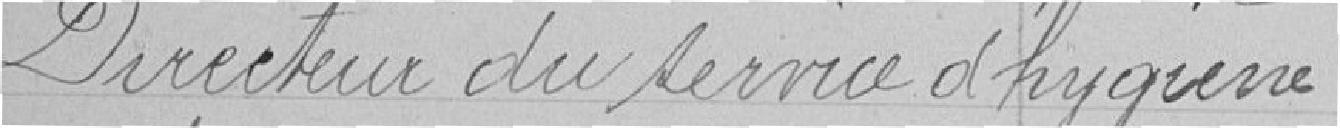
Directeur du service d'hygiène